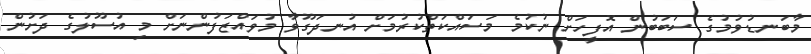
މާބަނޑުވުމުގެ ސަބަބުން އޮފީހަށް ނުކުމެ މަސައްކަތްކުރުމަށް އުނދަގޫވާ މުވައްޒަފުންނަށް މި އުސޫލުގެ ދަށުން